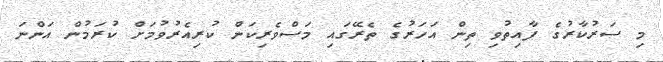
މި ސަރުކާރުގެ ފާއިތުވި ތިން އަހަރުގެ ތެރޭގައި މަސްވެރިކަން ކުރިއެރުވުމަށް ކުރަމުން އަންނަ